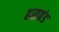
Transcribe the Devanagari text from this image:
हसबंड